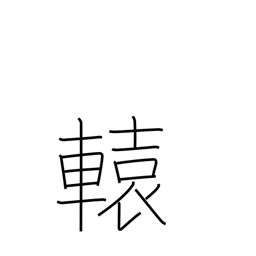
Meaning: shaft